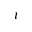
\iota